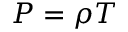
P = \rho T